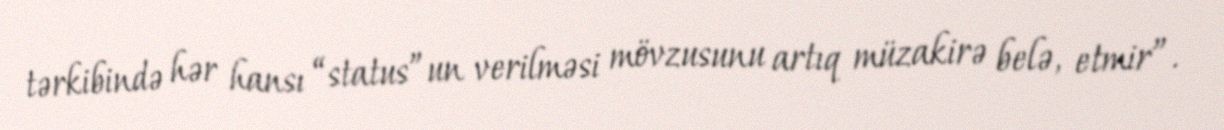
tərkibində hər hansı “status”un verilməsi mövzusunu artıq müzakirə belə, etmir”.